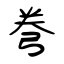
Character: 弮